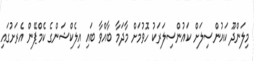
މިލަންދޫ ކައުންސިލަށް ކައުންސިލަރަކު ހޮވުމަށް މާދަމާ ބާއްވާ ބައި އިލެކްޝަންގެ ކެމްޕޭން އެރަށުގައި